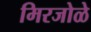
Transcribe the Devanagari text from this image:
मिरजोळे